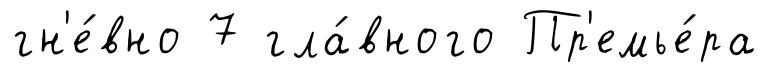
гн'е́вно 7 гла́вного Пр'емье́ра